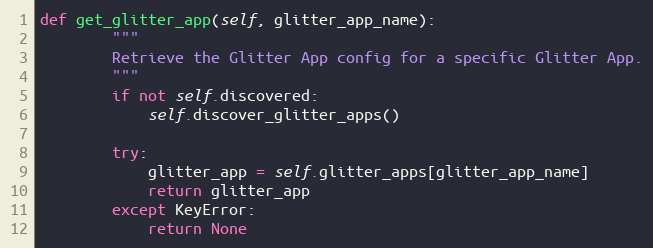
Language: Python
def get_glitter_app(self, glitter_app_name):
        """
        Retrieve the Glitter App config for a specific Glitter App.
        """
        if not self.discovered:
            self.discover_glitter_apps()

        try:
            glitter_app = self.glitter_apps[glitter_app_name]
            return glitter_app
        except KeyError:
            return None